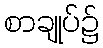
စာချုပ်၌